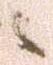
ニ